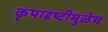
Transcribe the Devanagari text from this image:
कृपादृष्टीमुळेच